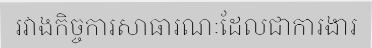
រវាងកិច្ចការសាធារណៈដែលជាការងារ